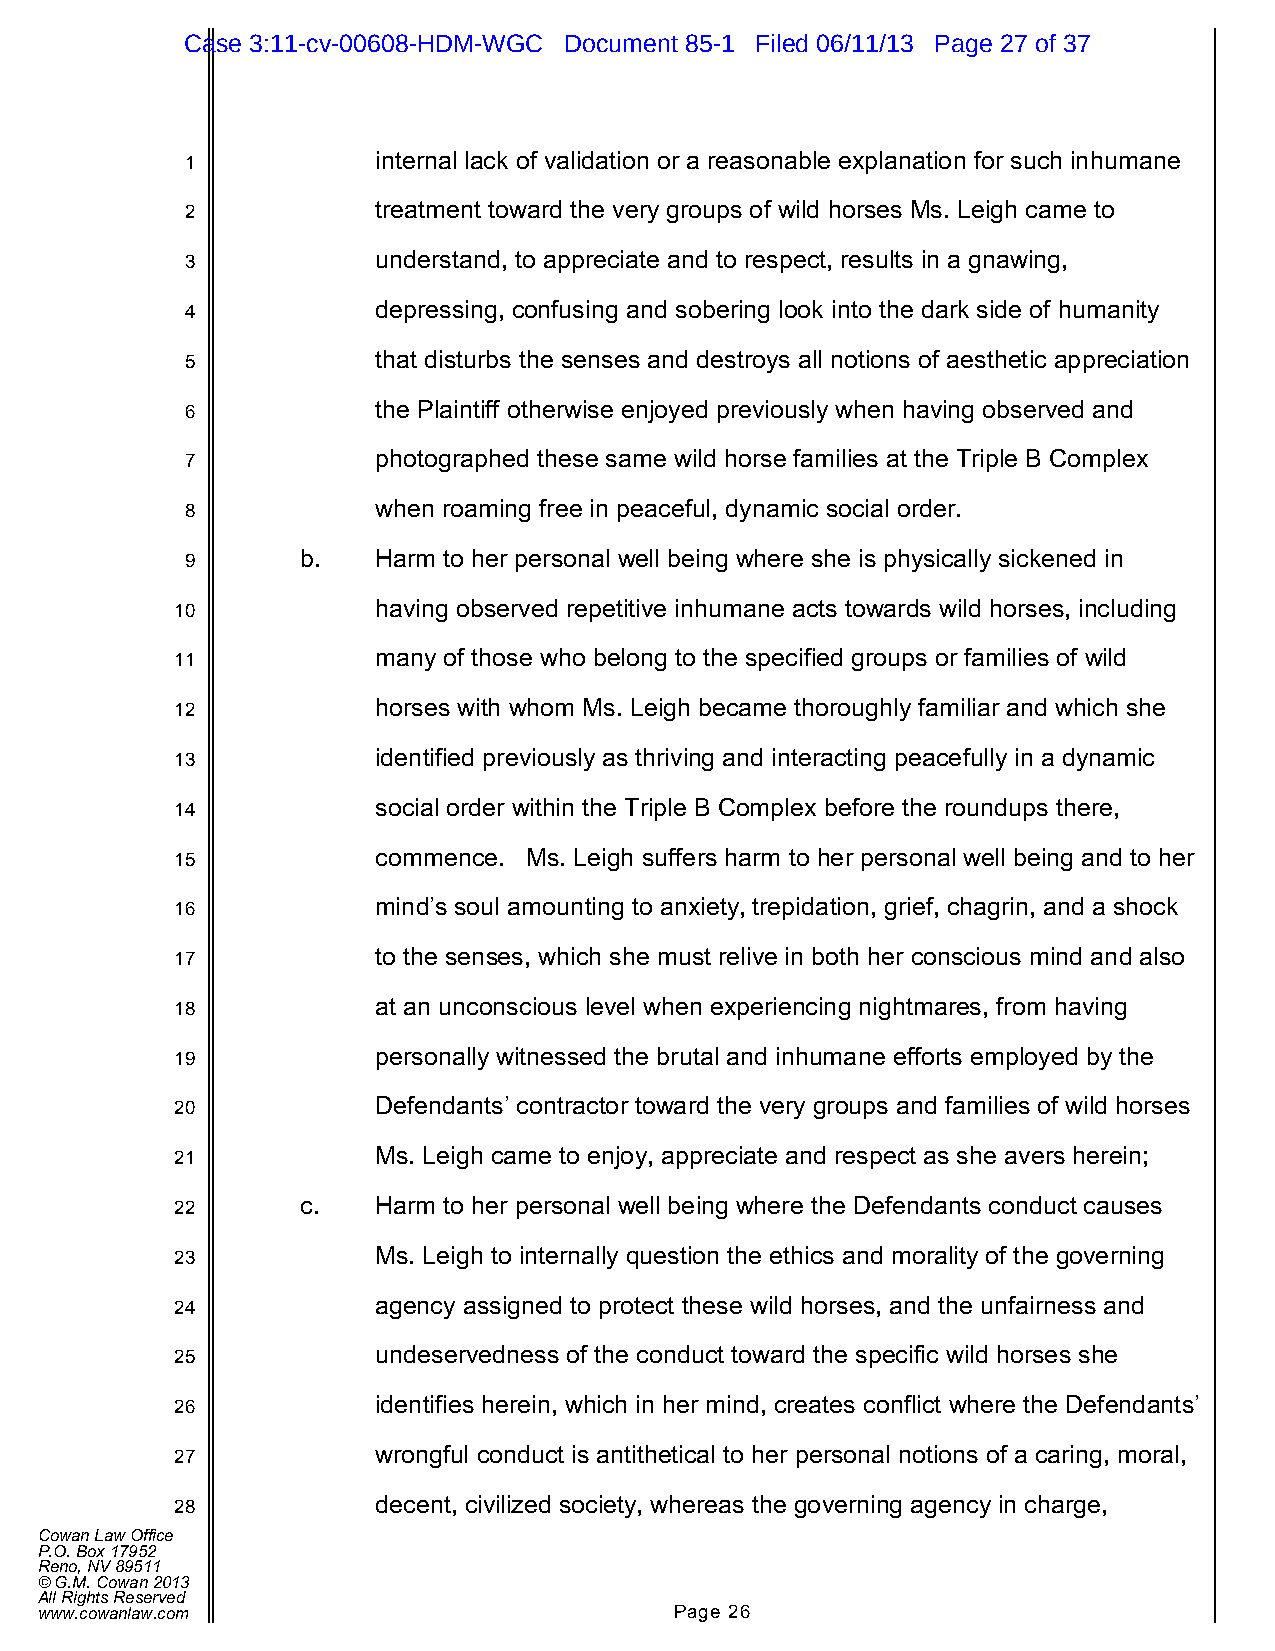
Case 3:11-cv-00608-HDM-WGC Document 85-1 Filed 06/11/13 Page 27 of 37
 1            internal lack of validation or a reasonable explanation for such inhumane
 2            treatment toward the very groups of wild horses Ms. Leigh came to
 3            understand, to appreciate and to respect, results in a gnawing,
 4            depressing, confusing and sobering look into the dark side of humanity
 5            that disturbs the senses and destroys all notions of aesthetic appreciation
 6            the Plaintiff otherwise enjoyed previously when having observed and
 7            photographed these same wild horse families at the Triple B Complex
 8            when roaming free in peaceful, dynamic social order.
 9       b.   Harm to her personal well being where she is physically sickened in
 10           having observed repetitive inhumane acts towards wild horses, including
 11           many of those who belong to the specified groups or families of wild
 12           horses with whom Ms. Leigh became thoroughly familiar and which she
 13           identified previously as thriving and interacting peacefully in a dynamic
 14           social order within the Triple B Complex before the roundups there,
 15           commence. Ms. Leigh suffers harm to her personal well being and to her
 16           mind’s soul amounting to anxiety, trepidation, grief, chagrin, and a shock
 17           to the senses, which she must relive in both her conscious mind and also
 18           at an unconscious level when experiencing nightmares, from having
 19           personally witnessed the brutal and inhumane efforts employed by the
 20           Defendants’ contractor toward the very groups and families of wild horses
 21           Ms. Leigh came to enjoy, appreciate and respect as she avers herein;
 22      c.   Harm to her personal well being where the Defendants conduct causes
 23           Ms. Leigh to internally question the ethics and morality of the governing
 24           agency assigned to protect these wild horses, and the unfairness and
 25           undeservedness of the conduct toward the specific wild horses she
 26           identifies herein, which in her mind, creates conflict where the Defendants’
 27           wrongful conduct is antithetical to her personal notions of a caring, moral,
 28           decent, civilized society, whereas the governing agency in charge,
 Cowan Law Office
 P.O. Box 17952
 Reno, NV 89511
 © G.M. Cowan 2013
 All Rights Reserved
 www.cowanlaw.com                           Page 26